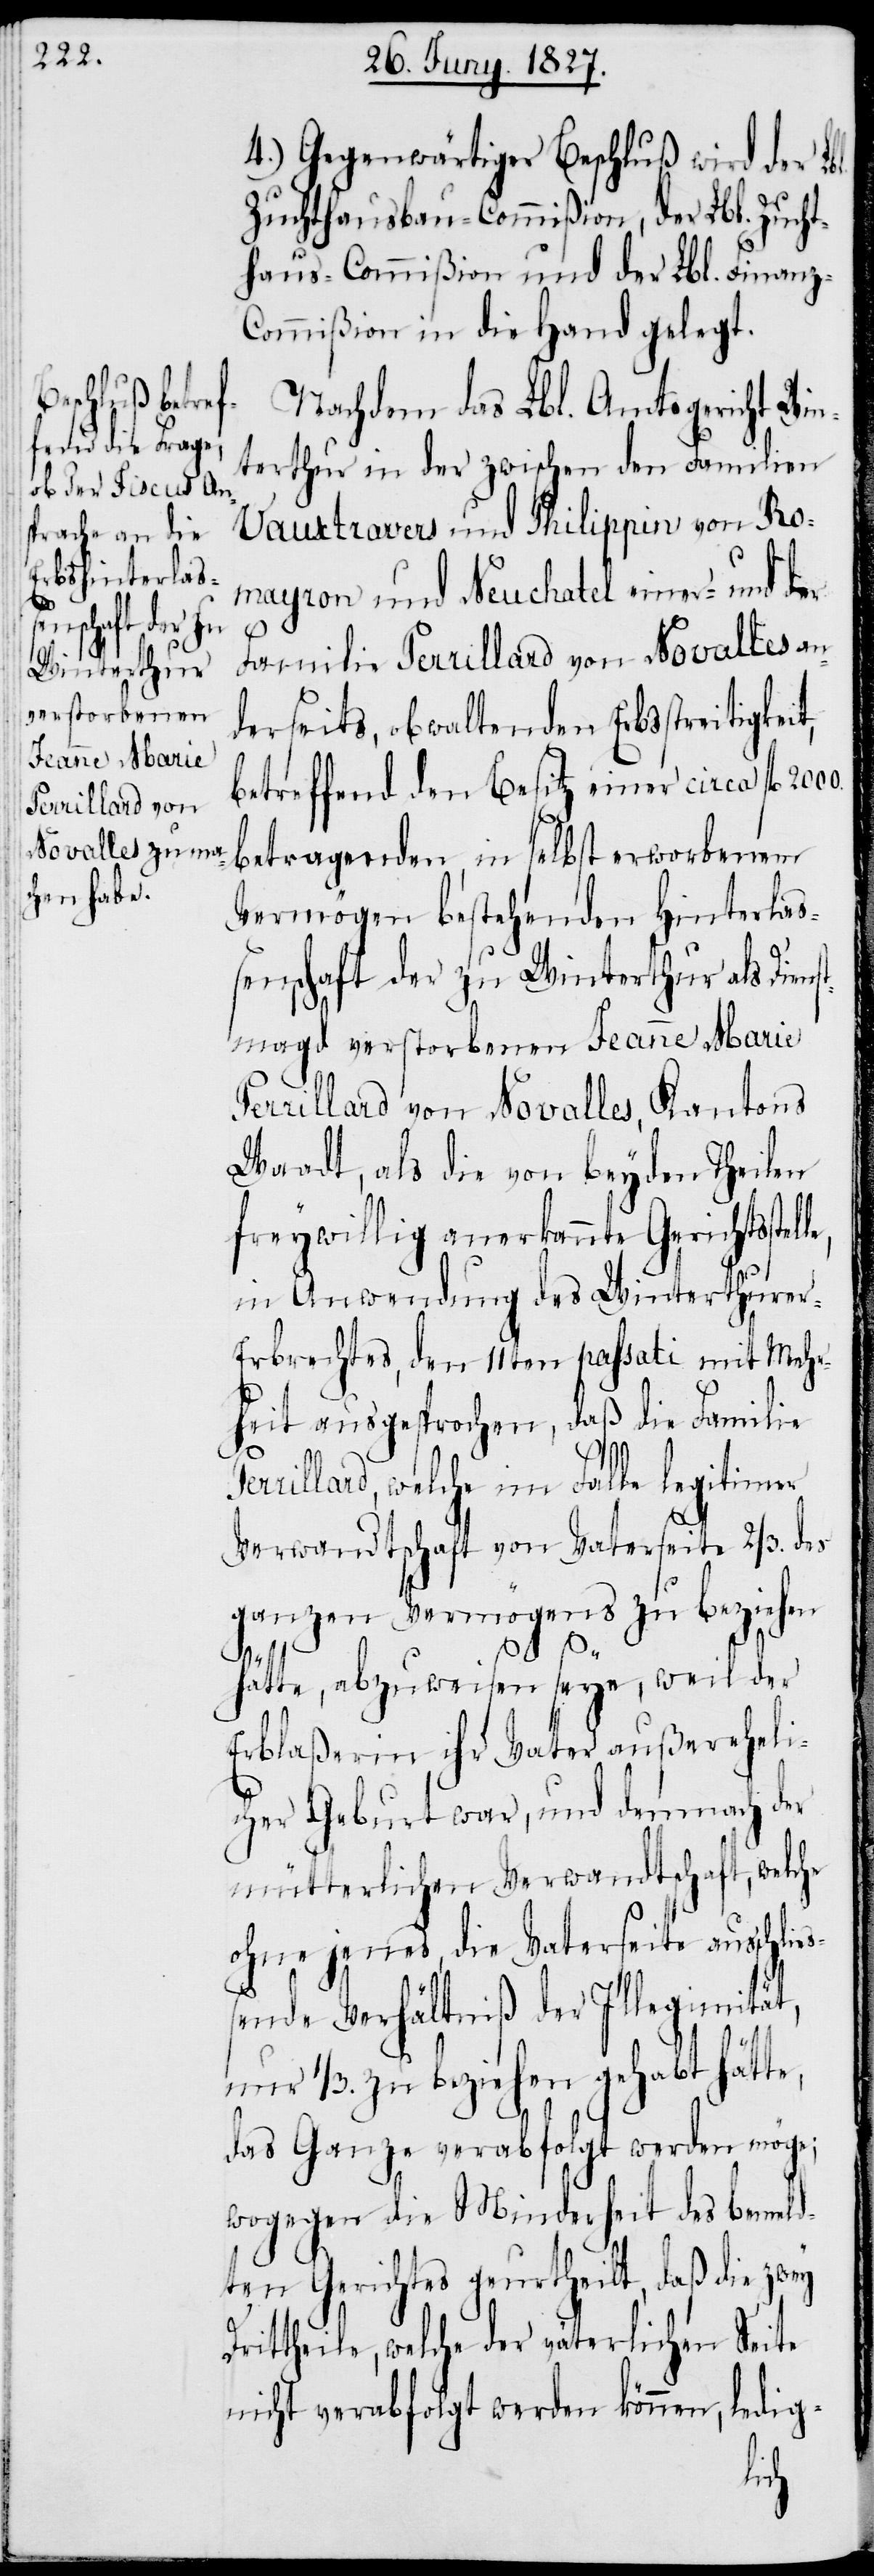
bl.

4.) Gegenwärtiger Beschluß wird der L¬
Zuchthausbau-Commißion, der Lbl. Zucht¬
haus-Commißion und der Lbl. Finanz-C¬
ommißion in die Hand gelegt.
Nachdem das Lbl. Amtsgericht Win¬
terthur in der zwischen den Familien
Vauxtravers und Philippin von Ro¬
mayron und Neuchatel einer- und der
Familie Perrillard von Novalles an¬
derseits, obwaltenden Erbsstreitigkeit,
betreffend den Besitz einer circa fl.
betragenden, in selbst erworbenem
Vermögen bestehenden Hinterlaß¬
enschaft der zu Winterthur als Diens¬
tmagd verstorbenen Jeanne Marie
Perrillard von Novalles, Kantons
Waadt, als die von beyden Theilen
freywillig anerkannte Gerichtsstel¬
in Anwendung des Winterthure¬
r-Erbrechtes, den 11ten passati mit Mehr¬
heit ausgesprochen, daß die Familie
rillard, welche im Falle legitimer
Verwandtschaft von Vaterseite 2/3. des
ganzen Vermögens zu beziehen
e¬
hätte, abzuweisen seye, weil der
Erblaßerin ihr Vater außereheli¬
cher Geburt war, und demnach der
mütterlichen Verwandtschaft, welche
ohne jenes die Vaterseite ausschli¬
ßende Verhältniß der Illegitimität,
nur 1/3. zu beziehen gehabt hätte,
das Ganze verabfolgt werden möge;
wogegen die Minderheit des bemeld¬
ten Gerichtes geurtheilt, daß die zwey
Drittheile, welche der väterlichen Seite
nicht verabfolgt werden können, ledig-